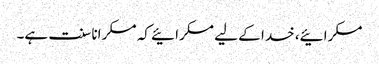
مسکرائیے، خدا کے لیے مسکرائیے کہ مسکرانا سنت ہے۔